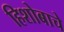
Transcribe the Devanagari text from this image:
हिशोबाचे